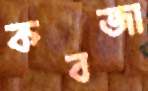
কবজা